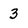
Character: 3